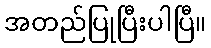
အတည်ပြုပြီးပါပြီ။